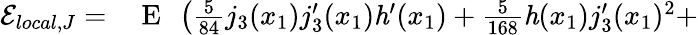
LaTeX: \begin{array}{rl}{\mathcal{E}_{local,J}=}&{{}\mathrm{~E~}\ \left(\frac{5}{84}j_{3}(x_{1})j_{3}^{\prime}(x_{1})\mathit{h}^{\prime}(x_{1})+\frac{5}{168}\mathit{h}(x_{1})j_{3}^{\prime}(x_{1}){}^{2}+\right.}\end{array}